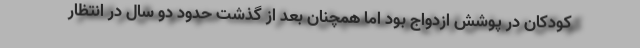
کودکان در پوشش ازدواج بود اما همچنان بعد از گذشت حدود دو سال در انتظار